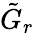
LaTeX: \tilde{G}_{r}